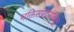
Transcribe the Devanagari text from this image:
भक्तिसंप्रदायाकडून